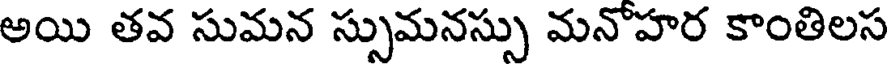
అయి తవ సుమన స్సుమనస్సు మనోహర కాంతిలస